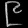
Digit: ၉